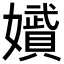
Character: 𭒪